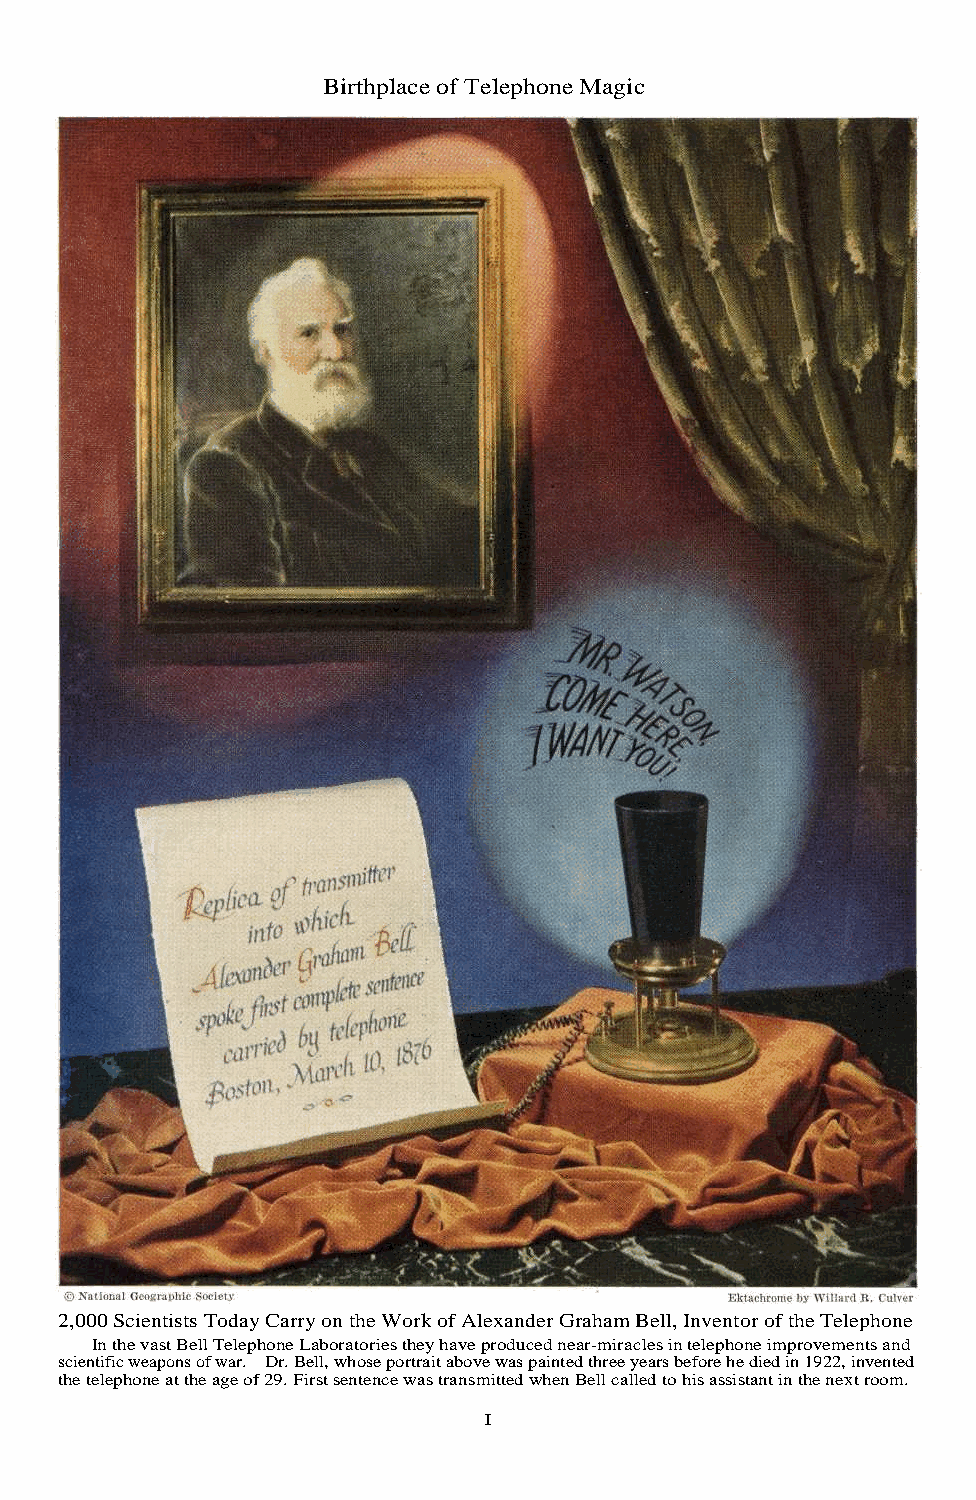
Birthplace of Telephone Magic
 2,000 Scientists Today Carry on the Work of Alexander Graham Bell, Inventor of the Telephone
 In the vast Bell Telephone Laboratories they have produced near-miracles in telephone improvements and
 scientific weapons of war. Dr. Bell, whose portrait above was painted three years before he died in 1922, invented
 the telephone at the age of 29. First sentence was transmitted when Bell called to his assistant in the next room.
 I